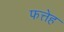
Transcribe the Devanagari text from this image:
फत्तेह